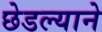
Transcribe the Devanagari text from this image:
छेडल्याने